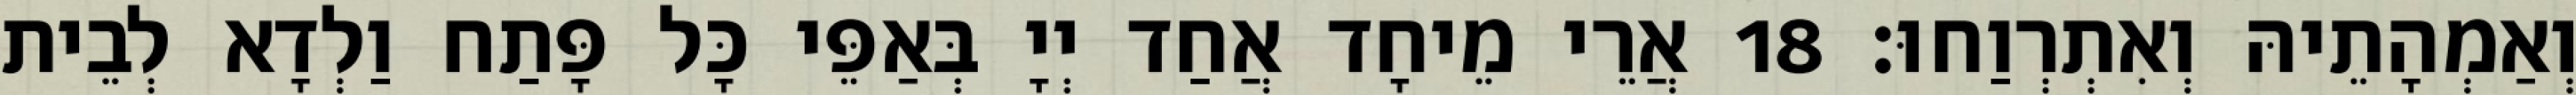
וְאַמְהָתֵיהּ וְאִתְרְוַחוּ׃ 18 אֲרֵי מֵיחָד אֲחַד יְיָ בְּאַפֵּי כָּל פָּתַח וַלְדָא לְבֵית